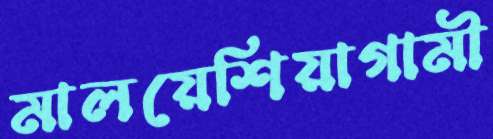
মালয়েশিয়াগামী